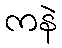
ကနဲ